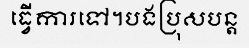
ធ្វើការទៅ។បងប្រុសបន្ត